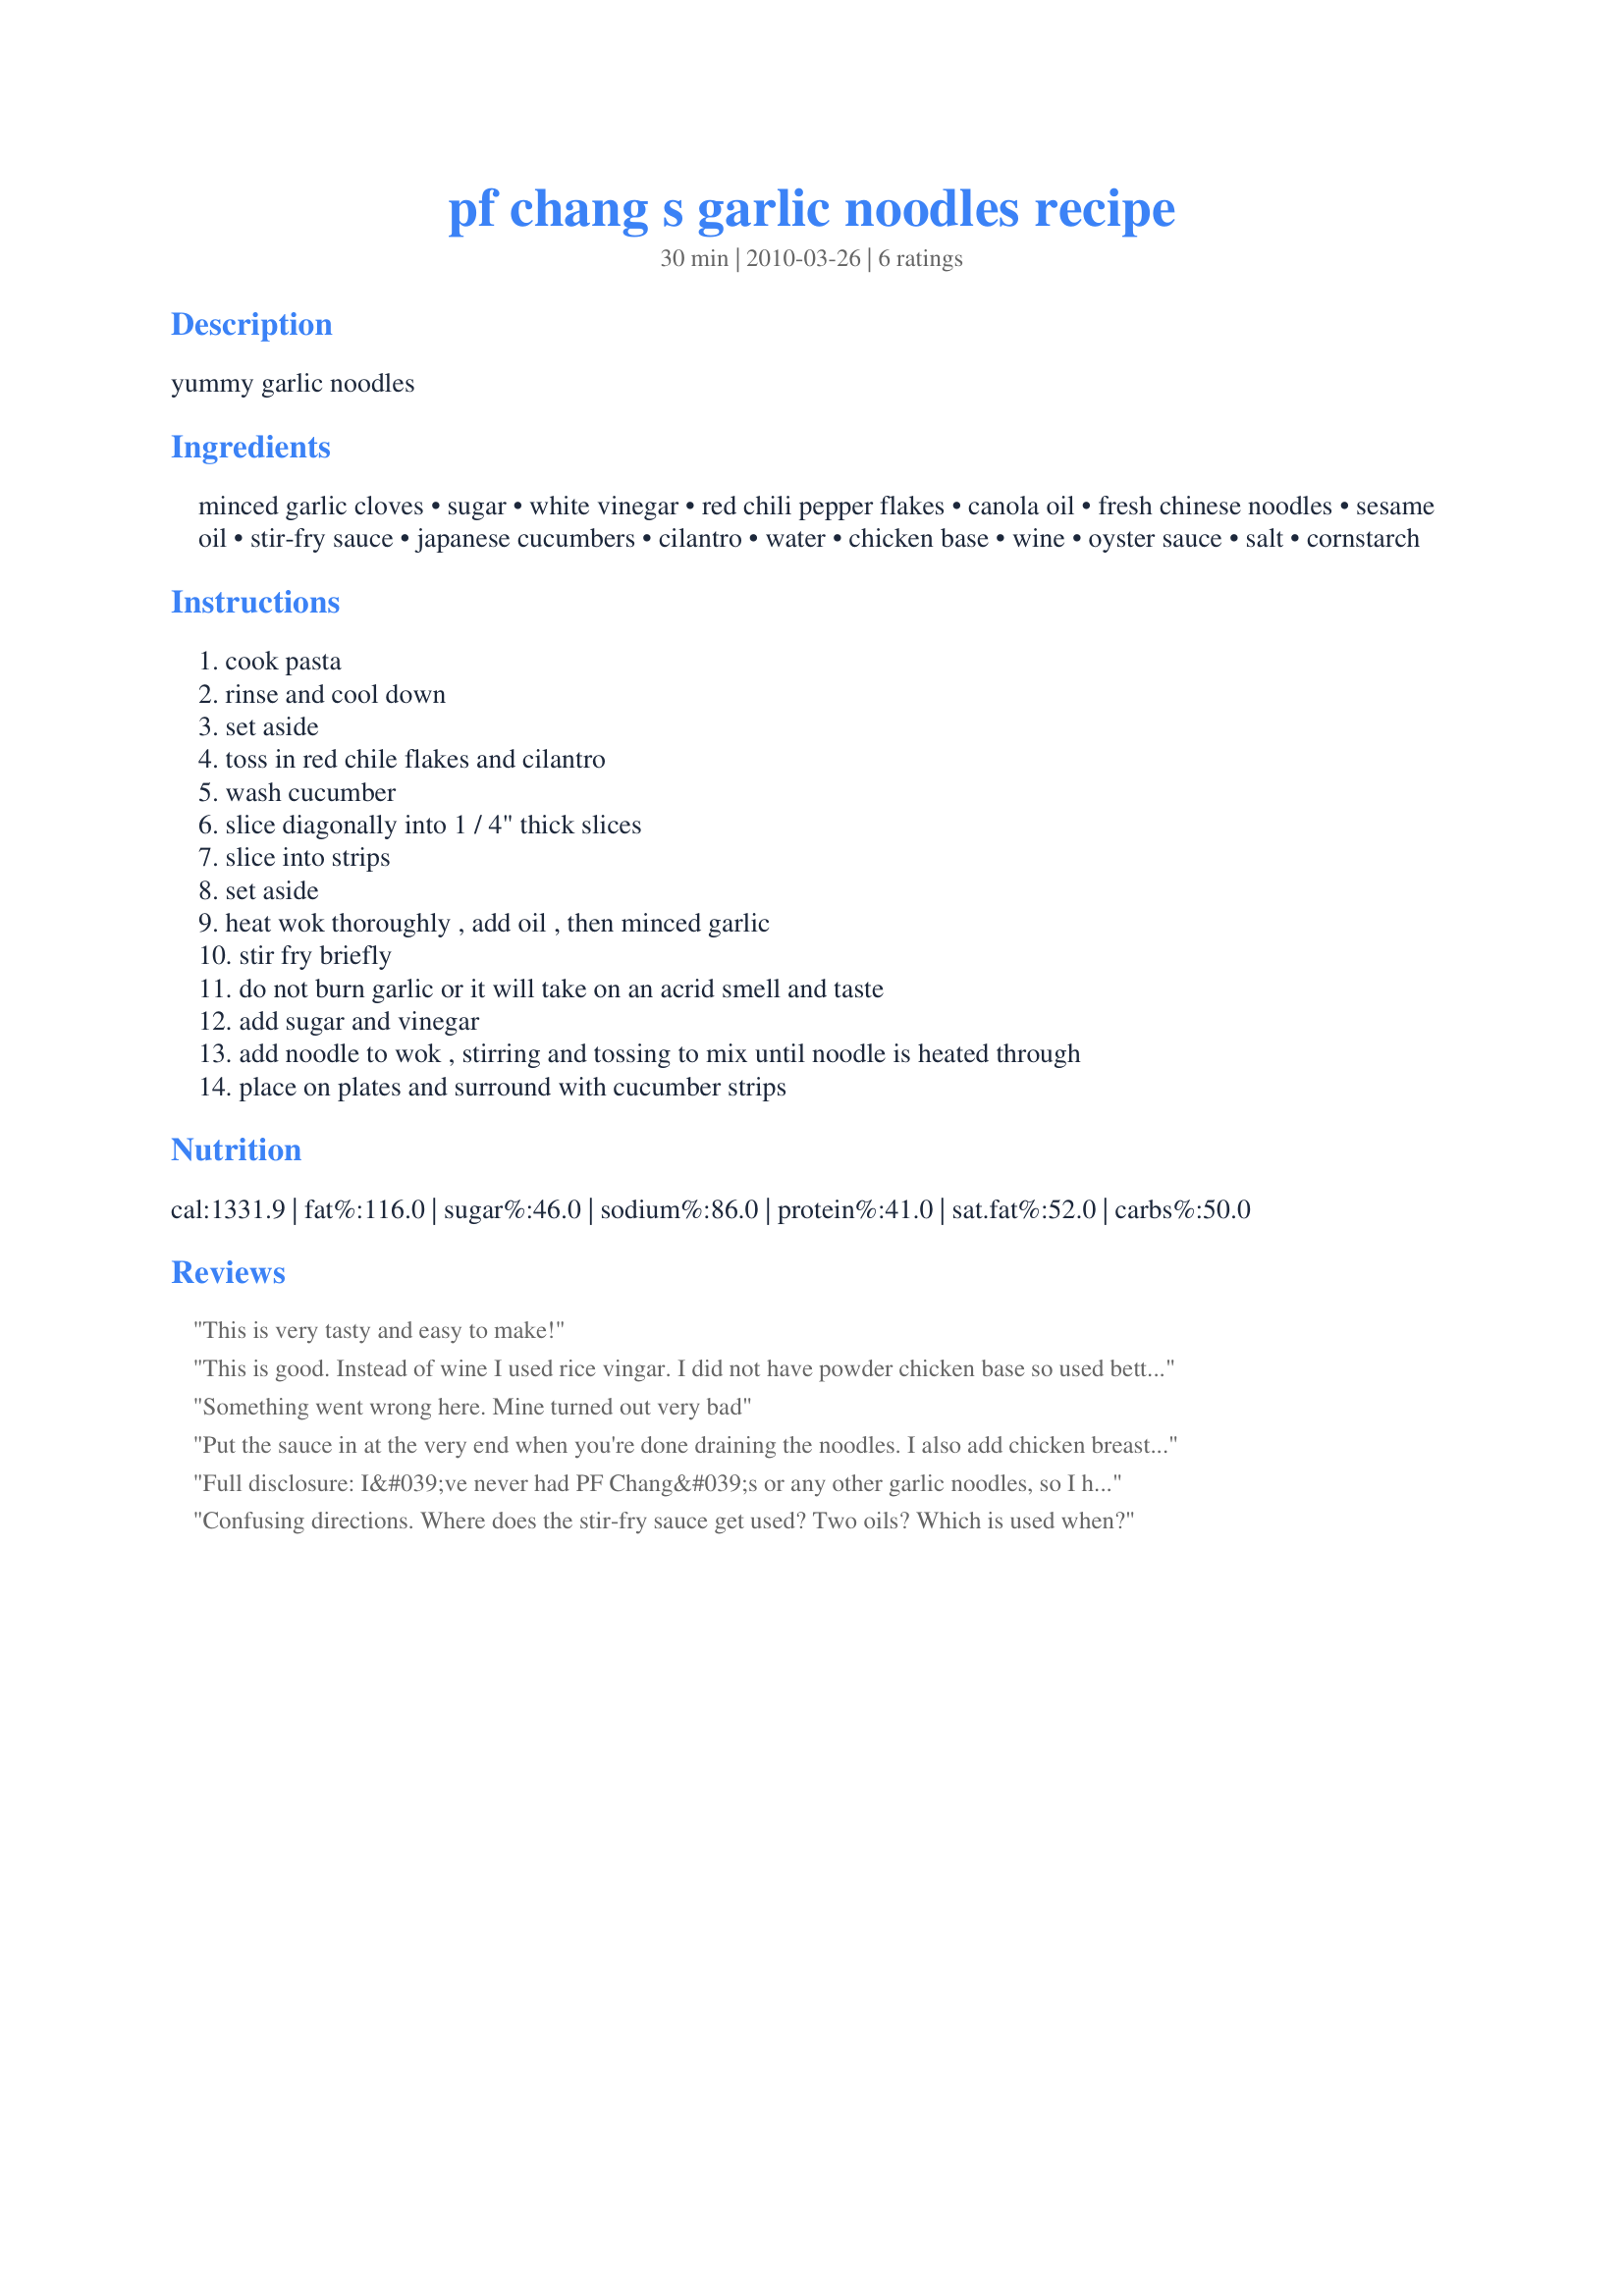
pf chang s garlic noodles recipe
Preparation time: 30 minutes

yummy garlic noodles

Ingredients:
minced garlic cloves, sugar, white vinegar, red chili pepper flakes, canola oil, fresh chinese noodles, sesame oil, stir-fry sauce, japanese cucumbers, cilantro, water, chicken base, wine, oyster sauce, salt, cornstarch

Steps:
cook pasta, rinse and cool down, set aside, toss in red chile flakes and cilantro, wash cucumber, slice diagonally into 1 / 4" thick slices, slice into strips, set aside, heat wok thoroughly , add oil , then minced garlic, stir fry briefly, do not burn garlic or it will take on an acrid smell and taste, add sugar and vinegar, add noodle to wok , stirring and tossing to mix until noodle is heated through, place on plates and surround with cucumber strips

Reviews:
This is very tasty and easy to make!
This is good. Instead of wine I used rice vingar. I did not have powder chicken base so used better than bouillon chicken flavor. Be sure and add cornstarch while sauce is still cold or it will clump up on you. Unfortunately recipe does not have instructions for the sauce. I ate with recipe#66121 PF Changs Mongolian Beef. Yummy
Something went wrong here. Mine turned out very bad
Put the sauce in at the very end when you're done draining the noodles. I also add chicken breast marinated in Kung Pao sauce and then baked. Stupid simple recipe that once you buy the ingredients you can do so many things with them!
Full disclosure: I&#039;ve never had PF Chang&#039;s or any other garlic noodles, so I have nothing to compare this recipe to. I asked my children what they wanted for dinner, and the 11 year old requested garlic noodles - who knows where she got that from. Anyway, I found several recipes online, and decided to try this one. Well, actually, my Google search brought up a very similar recipe that was added in November 2013. Since this one was added in March 2010, I assume the other chef amended this one slightly to make it their own. So, it was easy to make for sure - I had most of the ingredients on hand. I really like the Cantonese sauce, and will use it in other applications. The instructions for the sauce preparation probably could have been a bit more clear, such as &quot;whisk together ...&quot;, but it was easy to make. I added less salt because there was quite a bit of sodium already in the recipe. I don&#039;t think it had a lot of garlic flavor (I used more than 3 teaspoons), in fact, I added some garlic powder once I put everything in the wok and tasted the sauce. The red pepper flakes totally overpowered the garlic flavor and the delicate noodles (I used a fresh egg noodle from my international market). I added some shrimp on top just before serving. It&#039;s very tasty, for sure, but I think I may actually try PFs just so I can make a true comparison.
Confusing directions. Where does the stir-fry sauce get used? Two oils? Which is used when?
